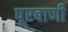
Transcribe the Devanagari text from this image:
पूरबाणी